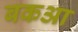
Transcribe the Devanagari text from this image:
बकआ